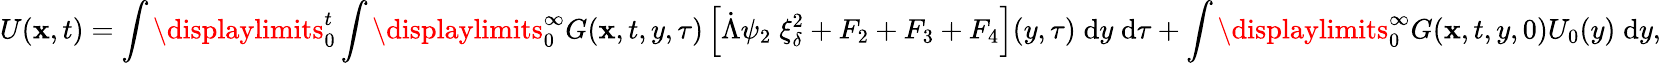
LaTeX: U(\mathbf{x},t)=\int\displaylimits_{0}^{t}\int\displaylimits_{0}^{\infty}G(\mathbf{x},t,y,\tau)\left[\dot{{\Lambda}}\psi_{2}\; \xi_{\delta}^{2}+F_{2}+F_{3}+F_{4}\right](y,\tau)\; \mathrm{{d}}y\; \mathrm{{d}}\tau+\int\displaylimits_{0}^{\infty}G(\mathbf{x},t,y,0)U_{0}(y)\; \mathrm{{d}}y,